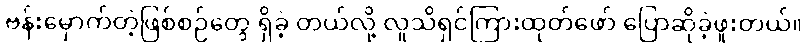
ဗန်းမှောက်တဲ့ဖြစ်စဉ်တွေ ရှိခဲ့ တယ်လို့ လူသိရှင်ကြားထုတ်ဖော် ပြောဆိုခဲ့ဖူးတယ်။